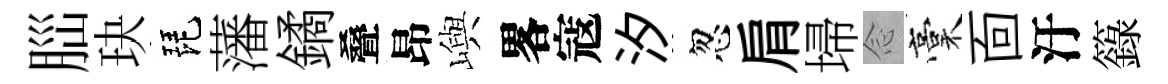
𦛁玦琵藩鐍叠昂嶼畧寇汐忽肩埽𫝹稾靣汙籙